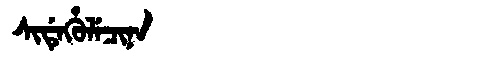
Manchu: ᠰᡳᡩᡝᡥᡠᠯᡝᠴᡳᠨᠠ
Romanization: SIDEHULECINA